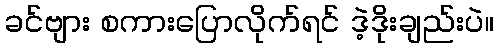
ခင်ဗျား စကားပြောလိုက်ရင် ဒဲ့ဒိုးချည်းပဲ။